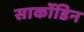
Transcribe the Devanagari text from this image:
सार्कोडिन